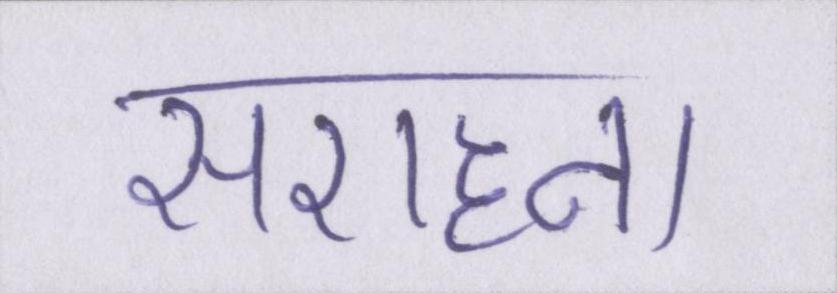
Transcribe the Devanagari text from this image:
सराहना